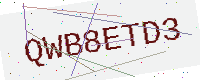
Text: QWB8ETD3